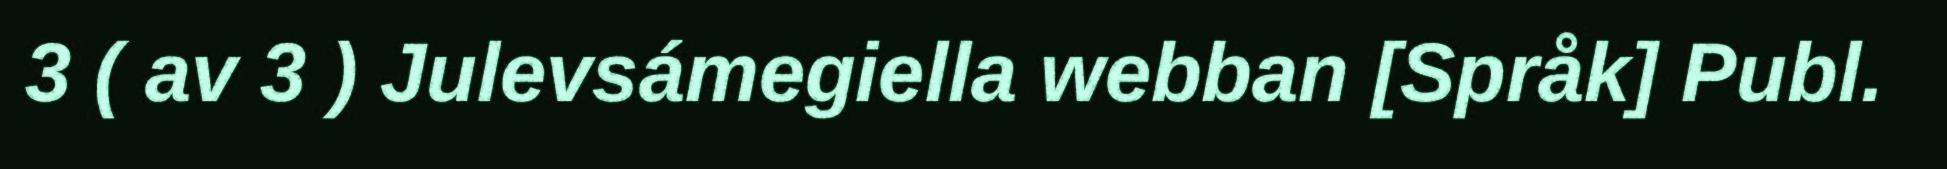
3 ( av 3 ) Julevsámegiella webban [Språk] Publ.